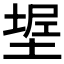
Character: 𰊌